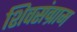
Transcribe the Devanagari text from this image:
शिवसंग्राम